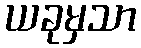
ယခုမှသာ